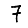
Digit: 7